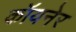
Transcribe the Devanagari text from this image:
कॉयनेर